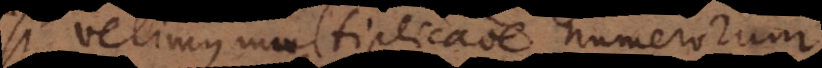
Si velimus multiplicatione numerorum